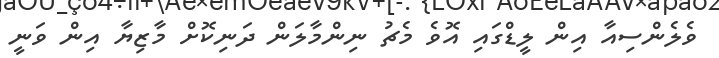
ވެލެންސިއާ އިން ލީޑްގައި އޮވެ މެޗު ނިންމާލަން ދަނިކޮށް މާޒިޔާ އިން ވަނީ